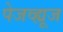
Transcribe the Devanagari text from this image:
पेजव्ह्यूज